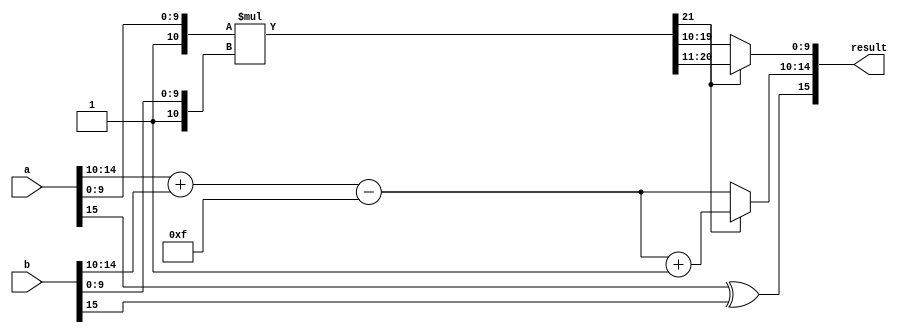
module float16_multiplication (
    input  [15:0] a,      // Input float a
    input  [15:0] b,      // Input float b
    output [15:0] result
);  // Output float result
    // Separate sign, exponent, and mantissa
    wire        sign_a = a[15];
    wire        sign_b = b[15];
    wire [ 4:0] exp_a = a[14:10];
    wire [ 4:0] exp_b = b[14:10];
    wire [10:0] mant_a = {1'b1, a[9:0]};
    wire [10:0] mant_b = {1'b1, b[9:0]};

    // Calculate sign of the result
    wire        sign_res = sign_a ^ sign_b;

    // Calculate exponent of the result
    wire [ 5:0] exp_res = exp_a + exp_b - 5'd15;

    // Calculate mantissa of the result
    wire [21:0] mant_res = mant_a * mant_b;

    // Normalize the result
    wire [ 4:0] final_exp = mant_res[21] ? (exp_res + 5'd1) : exp_res;
    wire [ 9:0] final_mant = mant_res[21] ? mant_res[20:11] : mant_res[19:10];

    // Assemble the result
    assign result = {sign_res, final_exp[4:0], final_mant[9:0]};
endmodule